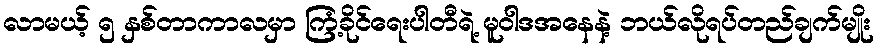
လာမယ့် ၅ နှစ်တာကာလမှာ ကြံ့ခိုင်ရေးပါတီရဲ့ မူဝါဒအနေနဲ့ ဘယ်လိုရပ်တည်ချက်မျိုး